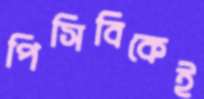
পিসিবিকেই